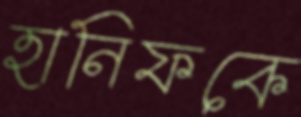
হানিফকে